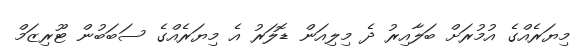
މިޔަރެއްގެ އުމުރަށް ބަލާއިރު ދެ މިލިއަން ޑޮލަރު އެ މިޔަރެއްގެ ސަބަބުން ޓޫރިޒަމް